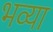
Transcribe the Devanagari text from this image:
भव्‍या